Annual report on the health of the army in India
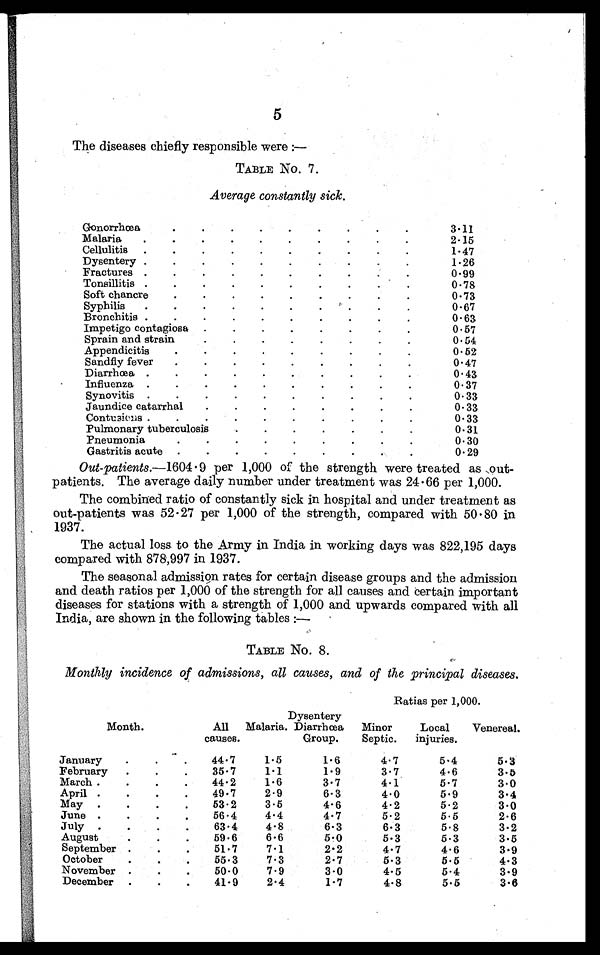
5
The diseases chiefly responsible were :-
TABLE No. 7.
Average constantly sick.
Gonorrhœa . . .
3 . 11
Malaria . . .
2.15
Cellulitis . . .
1.47
Dysentery . . .
1.26
Fractures . . .
0.99
Tonsillitis . . .
0.78
Soft chancre . . .
0.73
Syphilis . . .
0.67
Bronchitis . . .
0.63
Impetigo contagiosa . . .
0.57
Sprain and strain . . .
0.54
Appendicitis . . .
0.52
Sandfly fever . . .
0.47
Diarrhœa . . .
0.43
Influenza . . .
0.37
Synovitis . . .
0.33
Jaundice catarrhal . . .
0.33
Contusions . . .
0.33
Pulmonary tuberculosis . . .
0.31
Pneumonia . . .
0 . 30
Gastritis acute . . .
0.29
Out-patients.—1604. 9 per 1,000 of the strength were treated as out
-patients. The average daily number under treatment was 24.66 per 1,000.
The combined ratio of constantly sick in hospital and under treatment as
out-patients was 52.27 per 1,000 of the strength, compared with 50 . 80 in
1937.
The actual loss to the Army in India in working days was 822,195 days
compared with 878,997 in 1937.
The seasonal admission rates for certain disease groups and the admission
and death ratios per 1,000 of the strength for all causes and certain important
diseases for stations with a strength of 1,000 and upwards compared with all
India, are shown in the following tables
TABLE No. 8.
Monthly incidence of admissions, all causes, and of the principal diseases.
Month.
Ratias per 1,000.
All
causes.
Malaria.
Dysentery
Diarrhœa
Group.
Minor
Septic.
Local
injuries.
Venereal.
January . . .
44.7
1 .5
1.6
4.7
5.4
5.3
February . . .
35.7
1.1
1.9
3.7
4.6
3. 5
March . . .
44.2
1.6
3.7
4.1
5.7
3.0
April . . .
49.7
2.9
6.3
4.0
5.9
3.4
May . . .
53.2
3.5
4.6
4.2
5.2
3.0
June . . .
56.4
4.4
4.7
5.2
5.5
2.6
July . . .
63.4
4.8
6.3
6.3
5.8
3.2
August . . .
59. 6
6.6
5.0
5.3
5.3
3.5
September . . .
51.7
7.1
2.2
4.7
4.6
3.9
October . . .
55.3
7.3
2.7
5.3
5.5
4.3
November . . .
50.0
7.9
3.0
4.5
5.4
3.9
December . . .
41.9
2.4
1.7
4.8
5.5
3. 6